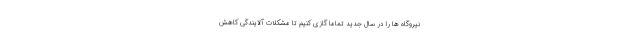
نیروگاه ها را در سال جدید تماما گازی کنیم تا مشکلات آلایندگی کاهش